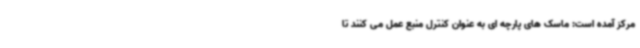
مرکز آمده است: ماسک های پارچه ای به عنوان کنترل منبع عمل می کنند تا